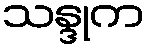
သန္ဒုက